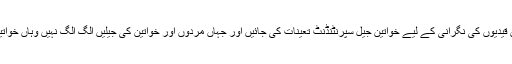
شاہی سید نے کہا کہ کمیٹی کے سامنے یہ تجویز رکھی گئی کہ خواتین قیدیوں کی نگرانی کے لیے خواتین جیل سپرنٹنڈنٹ تعینات کی جائیں اور جہاں مردوں اور خواتین کی جیلیں الگ الگ نہیں وہاں خواتین اور مرد قیدیوں کی بیرکیں ایک دوسرے سے فاصلے پر بنائی جائیں۔